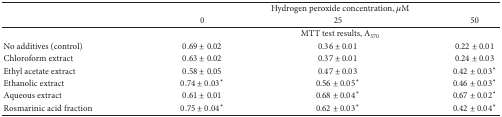
<table><thead><tr><td><b> </b></td><td colspan="3"><b>Hydrogen peroxide concentration, <i>μ</i>M</b></td></tr><tr><td><b> </b></td><td><b>0</b></td><td><b>25</b></td><td><b>50</b></td></tr></thead><tbody><tr><td> </td><td colspan="3">MTT test results, A<sub>570</sub></td></tr><tr><td>No additives (control)</td><td>0.69 ± 0.02</td><td>0.36 ± 0.01</td><td>0.22 ± 0.01</td></tr><tr><td>Chloroform extract</td><td>0.63 ± 0.02</td><td>0.37 ± 0.01</td><td>0.24 ± 0.03</td></tr><tr><td>Ethyl acetate extract </td><td>0.58 ± 0.05</td><td>0.47 ± 0.03</td><td>0.42 ± 0.03*</td></tr><tr><td>Ethanolic extract</td><td>0.74 ± 0.03*</td><td>0.56 ± 0.05*</td><td>0.46 ± 0.03*</td></tr><tr><td>Aqueous extract</td><td>0.61 ± 0.01</td><td>0.68 ± 0.04*</td><td>0.67 ± 0.02*</td></tr><tr><td>Rosmarinic acid fraction</td><td>0.75 ± 0.04*</td><td>0.62 ± 0.03*</td><td>0.42 ± 0.04*</td></tr></tbody></table>